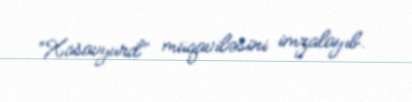
“Xasavyurd” müqaviləsini imzalayıb.